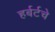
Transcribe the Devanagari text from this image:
हर्बर्टचे